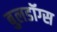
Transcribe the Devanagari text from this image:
बुलडॉग्‍स